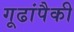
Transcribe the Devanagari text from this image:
गूढांपैकी